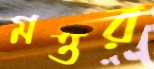
মত্তর